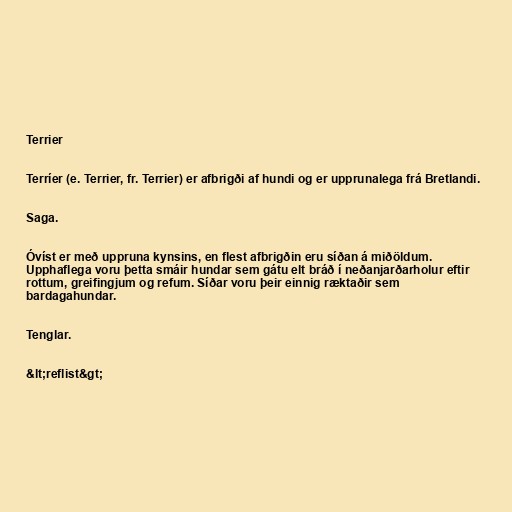
Terrier

Terríer (e. Terrier, fr. Terrier) er afbrigði af hundi og er upprunalega frá Bretlandi.

Saga.

Óvíst er með uppruna kynsins, en flest afbrigðin eru síðan á miðöldum.
Upphaflega voru þetta smáir hundar sem gátu elt bráð í neðanjarðarholur eftir
rottum, greifingjum og refum. Síðar voru þeir einnig ræktaðir sem
bardagahundar.

Tenglar.

&lt;reflist&gt;